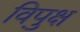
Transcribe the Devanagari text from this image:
विपुक्ष